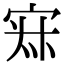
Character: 𡨜